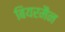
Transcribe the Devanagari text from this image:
बियरमैन